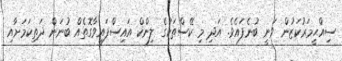
ސިއްޙީމަރުކަޒުން ވަނީ ބުނެފައެވެ. އަދި މި ކޭސްތަކުގެ ލިންކް އައިސްފައިވާގޮތެއް ބުނަން ދަތިކަމަށާއި